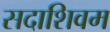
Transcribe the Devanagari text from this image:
सदाशिवम